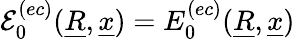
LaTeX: \mathcal{E}_{0}^{(ec)}(\underline{{R}},\underline{{x}})=E_{0}^{(ec)}(\underline{{R}},\underline{{x}})